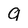
Character: g